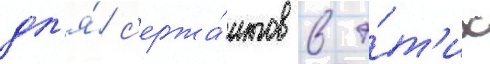
дл'я́ с'ержа́нтов в э́т'их